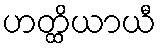
ဟတ္ထိယာယီ